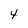
Character: 4